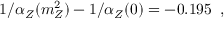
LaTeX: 1 / \alpha _ { Z } ( m _ { Z } ^ { 2 } ) - 1 / \alpha _ { Z } ( 0 ) = - 0 . 1 9 5 \; \; ,